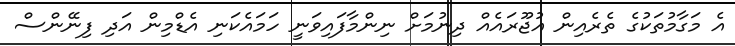
އެ މަގާމުތަކުގެ ތެރެއިން އުޖޫރައެއް ދިނުމަށް ނިންމާފައިވަނީ ހަމައެކަނި އެޑްމިން އަދި ފިނޭންސް